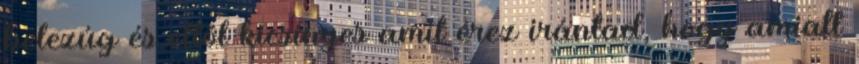
belezúg és ettől kicsinyes amit érez irántad, hogy amiatt